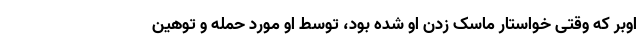
اوبر که وقتی خواستار ماسک زدن او شده بود، توسط او مورد حمله و توهین